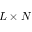
L \times N